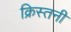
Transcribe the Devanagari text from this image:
क्रिस्तनी